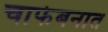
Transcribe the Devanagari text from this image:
चाफेबनात